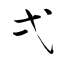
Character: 弌